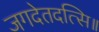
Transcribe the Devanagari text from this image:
जगदेतदत्सि॥